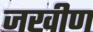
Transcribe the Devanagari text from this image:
जखीण